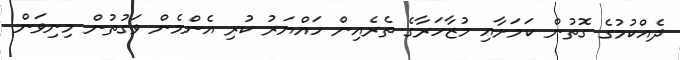
ދެއްކުމުގެ ގޮތުން ކަމަށާއި މުޒާހަރާގެ ތެރެއިން ހައްޔަރު ކުރި އެންމެން ވަގުތުން މިނިވަން